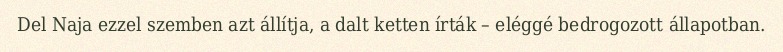
Del Naja ezzel szemben azt állítja, a dalt ketten írták – eléggé bedrogozott állapotban.